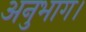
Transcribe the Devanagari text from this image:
अनुभाग।